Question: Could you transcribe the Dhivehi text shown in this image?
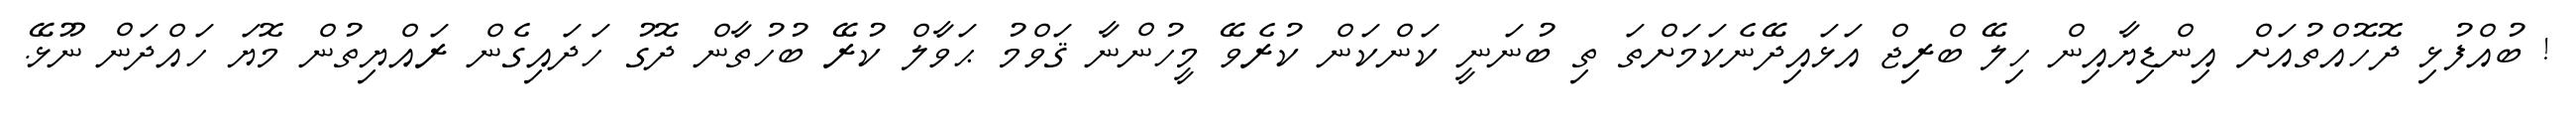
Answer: ! ބުއްފުޅި ދޮހޮއްތުއަށް އިންޑިޔާއިން ހިލޭ ބްރިޖް އަޅައިދޭނެކަމަށްތަ ތި ބުނަނީ ކަންކަން ކުރެވޭ މީހުންނާ ޤަވްމު ޙަވާލް ކުރޭ ބުހުތާން ދޮގު ހަދައިގެން ރައްޔިތުން މޮޔަ ހައްދަން ނޫޅޭ.